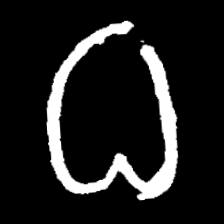
Pyu character \u2014 Myanmar letter: ဓ (romanized: dha)